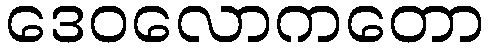
ဒေဝလောကတော